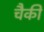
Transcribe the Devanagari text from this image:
चैकी